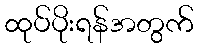
ထုပ်ပိုးရန်အတွက်